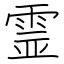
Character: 霊